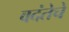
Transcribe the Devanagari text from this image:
वदंतेचे